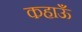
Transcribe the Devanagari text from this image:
कहाऊँ